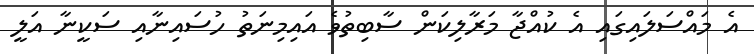
އެ މައްސަލައިގައި އެ ކުއްޖާ މަރާލިކަން ސާބިތުވެ އައިމިނަތު ހުސައިނާއި ސަކީނާ އަލީ